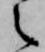
之